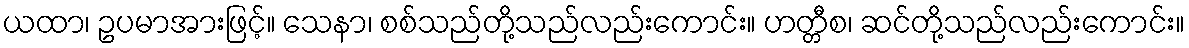
ယထာ၊ ဥပမာအားဖြင့်။ သေနာ၊ စစ်သည်တို့သည်လည်းကောင်း။ ဟတ္တီစ၊ ဆင်တို့သည်လည်းကောင်း။